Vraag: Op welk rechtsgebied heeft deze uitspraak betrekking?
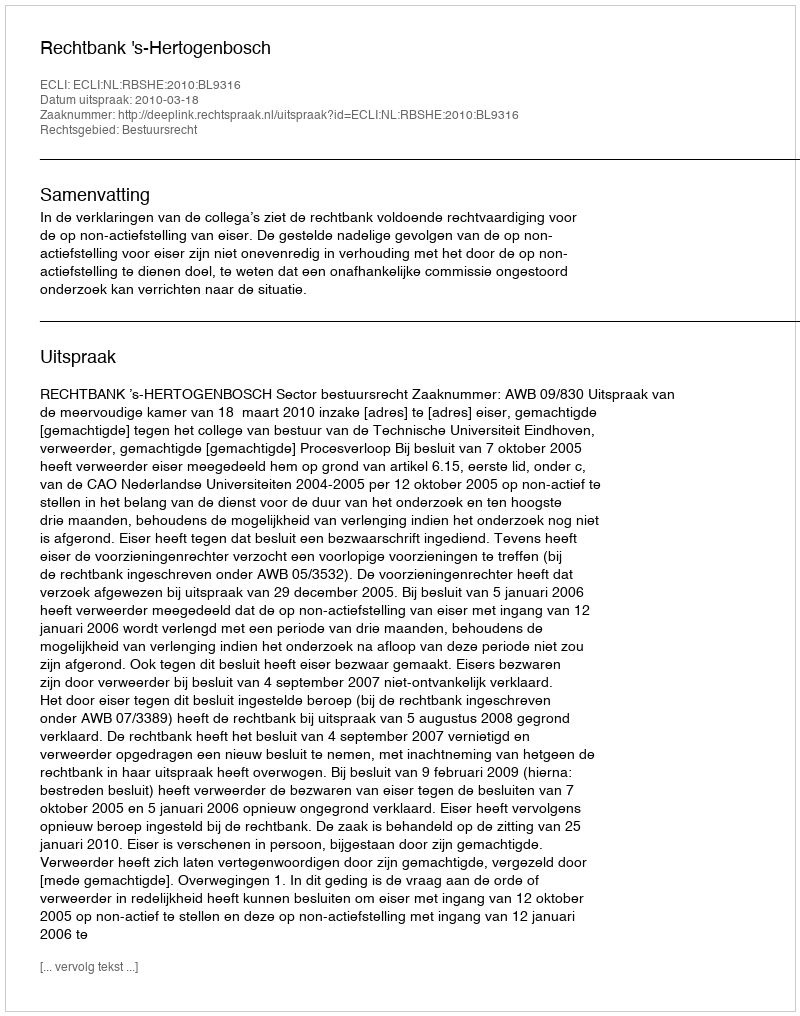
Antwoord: Bestuursrecht